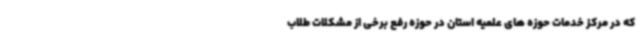
که در مرکز خدمات حوزه های علمیه استان در حوزه رفع برخی از مشکلات طلاب